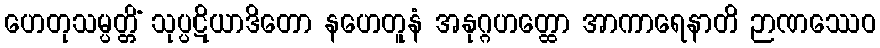
ဟေတုသမ္ပတ္တိံ သုပ္ပဋိယာဒိတော နဟေတူနံ အနုဂ္ဂဟတ္ထော အာကာရေနာတိ ဉာဏဿေဝ